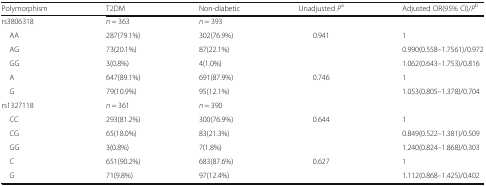
<table><thead><tr><td><b>Polymorphism</b></td><td><b>T2DM</b></td><td><b>Non-diabetic</b></td><td><b>Unadjusted <i>P</i><sup>a</sup></b></td><td><b>Adjusted OR(95% CI)/<i>P</i><sup>b</sup></b></td></tr></thead><tbody><tr><td>rs3806318</td><td><i>n</i> = 363</td><td><i>n</i> = 393</td><td></td><td></td></tr><tr><td> AA</td><td>287(79.1%)</td><td>302(76.9%)</td><td>0.941</td><td>1</td></tr><tr><td> AG</td><td>73(20.1%)</td><td>87(22.1%)</td><td></td><td>0.990(0.558–1.7561)/0.972</td></tr><tr><td> GG</td><td>3(0.8%)</td><td>4(1.0%)</td><td></td><td>1.062(0.643–1.753)/0.816</td></tr><tr><td> A</td><td>647(89.1%)</td><td>691(87.9%)</td><td>0.746</td><td>1</td></tr><tr><td> G</td><td>79(10.9%)</td><td>95(12.1%)</td><td></td><td>1.053(0.805–1.378)/0.704</td></tr><tr><td>rs1327118</td><td><i>n</i> = 361</td><td><i>n</i> = 390</td><td></td><td></td></tr><tr><td> CC</td><td>293(81.2%)</td><td>300(76.9%)</td><td>0.644</td><td>1</td></tr><tr><td> CG</td><td>65(18.0%)</td><td>83(21.3%)</td><td></td><td>0.849(0.522–1.381)/0.509</td></tr><tr><td> GG</td><td>3(0.8%)</td><td>7(1.8%)</td><td></td><td>1.240(0.824–1.868)/0.303</td></tr><tr><td> C</td><td>651(90.2%)</td><td>683(87.6%)</td><td>0.627</td><td>1</td></tr><tr><td> G</td><td>71(9.8%)</td><td>97(12.4%)</td><td></td><td>1.112(0.868–1.425)/0.402</td></tr></tbody></table>